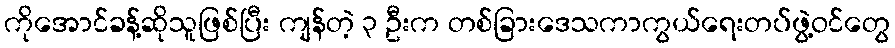
ကိုအောင်ခန့်ဆိုသူဖြစ်ပြီး ကျန်တဲ့ ၃ ဦးက တစ်ခြားဒေသကာကွယ်ရေးတပ်ဖွဲ့ဝင်တွေ